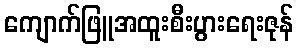
ကျောက်ဖြူအထူးစီးပွားရေးဇုန်